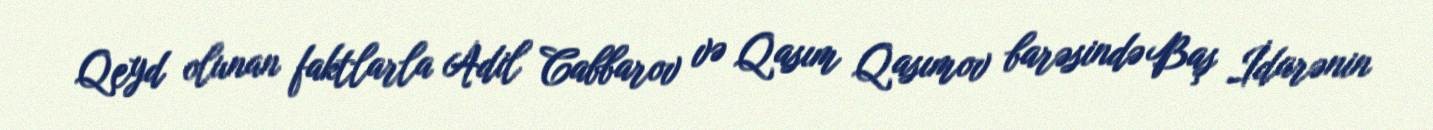
Qeyd olunan faktlarla Adil Cabbarov və Qasım Qasımov barəsində Baş İdarənin